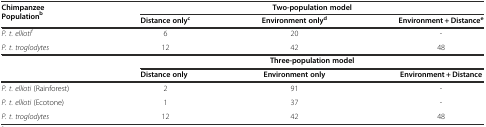
<table><thead><tr><td rowspan="2"><b>Chimpanzee Population<sup>b</sup></b></td><td colspan="3"><b>Two-population model</b></td></tr><tr><td><b>Distance only<sup>c</sup></b></td><td><b>Environment only<sup>d</sup></b></td><td><b>Environment + Distance<sup>e</sup></b></td></tr></thead><tbody><tr><td><i>P. t. ellioti</i><sup>f</sup></td><td>6</td><td>20</td><td>-</td></tr><tr><td><i>P. t. troglodytes</i></td><td>12</td><td>42</td><td>48</td></tr><tr><td></td><td colspan="3"><b>Three-population model</b></td></tr><tr><td></td><td><b>Distance only</b></td><td><b>Environment only</b></td><td><b>Environment + Distance</b></td></tr><tr><td><i>P. t. ellioti</i> (Rainforest)</td><td>2</td><td>91</td><td>-</td></tr><tr><td><i>P. t. ellioti</i> (Ecotone)</td><td>1</td><td>37</td><td>-</td></tr><tr><td><i>P. t. troglodytes</i></td><td>12</td><td>42</td><td>48</td></tr></tbody></table>